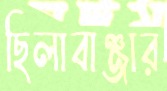
ছিলাবাঞ্জার